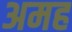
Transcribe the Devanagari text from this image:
अमह